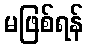
မဖြစ်ရန်